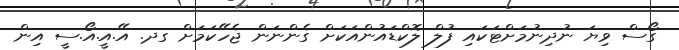
ގޯސް ވިޔަ ނުދިނުމަށްޓަކައި ފުލް ލޮކްޑައުންއަކަށް ގެންނަން ޖެހޭކަމަށް ގދ. އޭ.އީ.އޯ.ސީ އިން